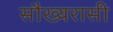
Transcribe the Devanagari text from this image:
सौख्यरासी